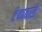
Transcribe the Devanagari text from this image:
टेकवाडे